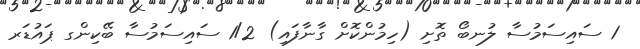
1 ސައިސަމުސާ ލުނބޯ ތޮށި (ހިމުންކޮށް ގާނާފައި) 1/2 ސައިސަމުސާ ބޭކިންގ ޕައުޑަރ